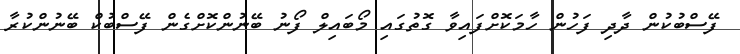
ފޭސްބުކުން ދާދި ފަހުން ހާމަކޮށްފައިވާ ގޮތުގައި މޯބައިލް ފޯނު ބޭނުންކޮށްގެން ފޭސްބުކް ބޭނުންކުރާ